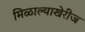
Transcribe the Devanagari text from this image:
मिळाल्याखेरीज